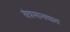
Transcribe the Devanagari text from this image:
यंत्रमानवात